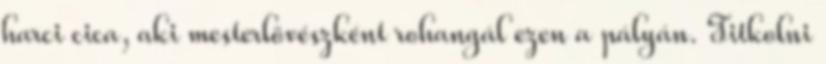
harci cica, aki mesterlövészként rohangál ezen a pályán. Titkolni